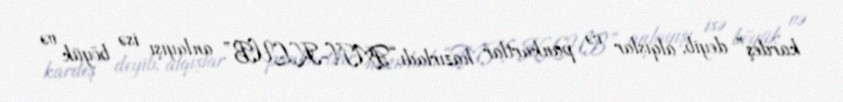
kardeş” deyib, alqışlar və pankartlar hazırladı.“FAN-KLUB” anlayışı isə böyük və